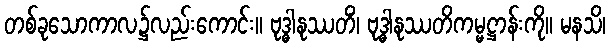
တစ်ခုသောကာလ၌လည်းကောင်း။ ဗုဒ္ဓါနုဿတိံ၊ ဗုဒ္ဓါနုဿတိကမ္မဋ္ဌာန်းကို။ မနသိ၊